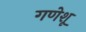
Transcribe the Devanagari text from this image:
गणेशू